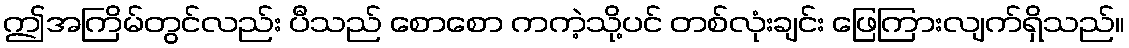
ဤအကြိမ်တွင်လည်း ပီသည် စောစော ကကဲ့သို့ပင် တစ်လုံးချင်း ဖြေကြားလျက်ရှိသည်။